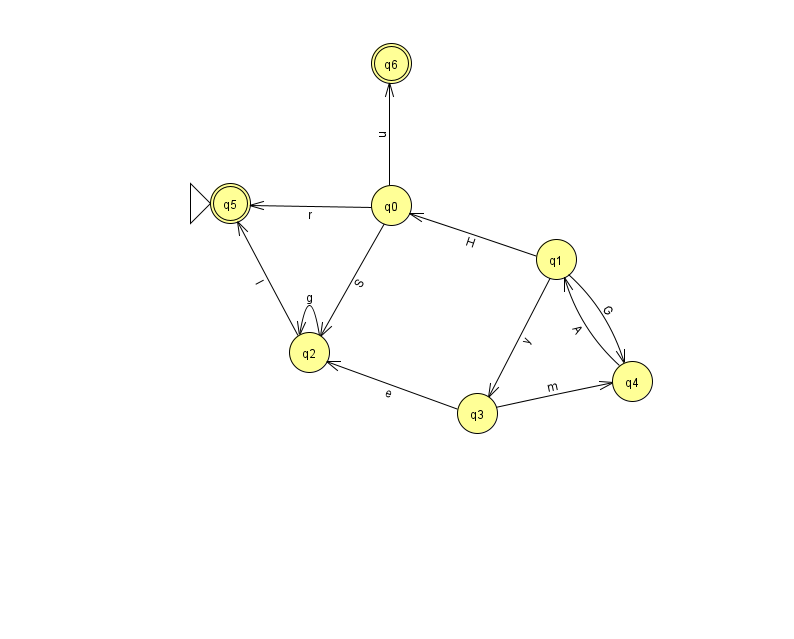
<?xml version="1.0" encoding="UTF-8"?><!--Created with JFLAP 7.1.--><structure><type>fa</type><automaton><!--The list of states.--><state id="0" name="q0"><x>391.0</x><y>192.0</y></state><state id="1" name="q1"><x>556.0</x><y>246.0</y></state><state id="2" name="q2"><x>309.0</x><y>339.0</y></state><state id="3" name="q3"><x>477.0</x><y>400.0</y></state><state id="4" name="q4"><x>632.0</x><y>368.0</y></state><state id="5" name="q5"><x>230.0</x><y>190.0</y><initial/><final/></state><state id="6" name="q6"><x>391.0</x><y>50.0</y><final/></state><!--The list of transitions.--><transition><from>0</from><to>2</to><read>S</read></transition><transition><from>2</from><to>5</to><read>I</read></transition><transition><from>1</from><to>3</to><read>y</read></transition><transition><from>2</from><to>2</to><read>g</read></transition><transition><from>0</from><to>6</to><read>u</read></transition><transition><from>1</from><to>0</to><read>H</read></transition><transition><from>3</from><to>2</to><read>e</read></transition><transition><from>1</from><to>4</to><read>G</read></transition><transition><from>0</from><to>5</to><read>r</read></transition><transition><from>4</from><to>1</to><read>A</read></transition><transition><from>3</from><to>4</to><read>m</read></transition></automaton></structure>